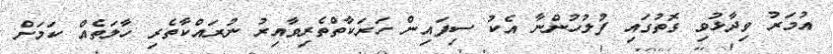
އުމަރު ވިދާޅުވި ގޮތުގައި ފުލުހުންނާ އެކު ސިފައިން ހަރަކާތްތެރިވާއިރު ނުރައްކާތެރި ހާލަތެއް ކަމަށް